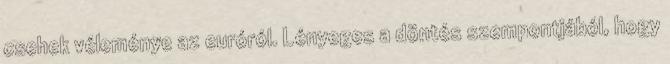
csehek véleménye az euróról. Lényeges a döntés szempontjából, hogy